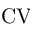
\mathrm { C V }